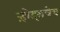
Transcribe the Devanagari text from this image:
ऱ्होड्सचेच